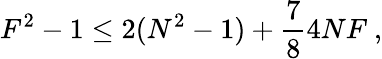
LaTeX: F^{2}-1\le 2(N^{2}-1)+\frac{7}{8}4NF\ ,